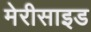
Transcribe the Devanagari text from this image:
मेरीसाइड